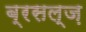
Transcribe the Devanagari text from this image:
ब्रसल्ज़